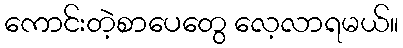
ကောင်းတဲ့စာပေတွေ လေ့လာရမယ်။